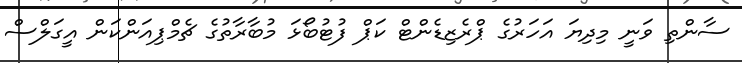
ސާންތި ވަނީ މިދިޔަ އަހަރުގެ ޕްރެޒިޑެންޓް ކަޕް ފުޓުބޯޅަ މުބާރާތުގެ ޗެމްޕިއަންކަން އީގަލްސް